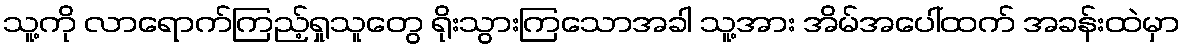
သူ့ကို လာရောက်ကြည့်ရှုသူတွေ ရိုးသွားကြသောအခါ သူ့အား အိမ်အပေါ်ထက် အခန်းထဲမှာ